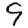
Digit: 9